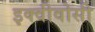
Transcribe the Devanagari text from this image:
इक्वीवोसी